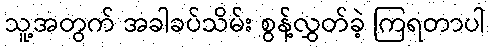
သူ့အတွက် အခါခပ်သိမ်း စွန့်လွှတ်ခဲ့ ကြရတာပါ